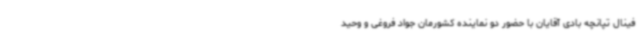
فینال تپانچه بادی آقایان با حضور دو نماینده کشورمان جواد فروغی و وحید